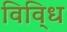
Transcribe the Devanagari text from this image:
विवि्ध